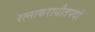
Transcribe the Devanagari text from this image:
रत्नाकराधौतपदां